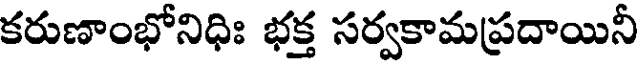
కరుణాంభోనిధిః భక్త సర్వకామప్రదాయినీ